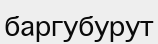
баргубурут